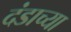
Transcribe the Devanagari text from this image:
दंडाच्या